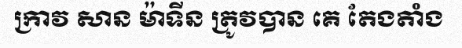
ក្រាវ សាន ម៉ាទីន ត្រូវបាន គេ តែងតាំង